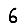
Digit: 6